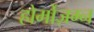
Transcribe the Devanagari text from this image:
होर्मोज़ग्न